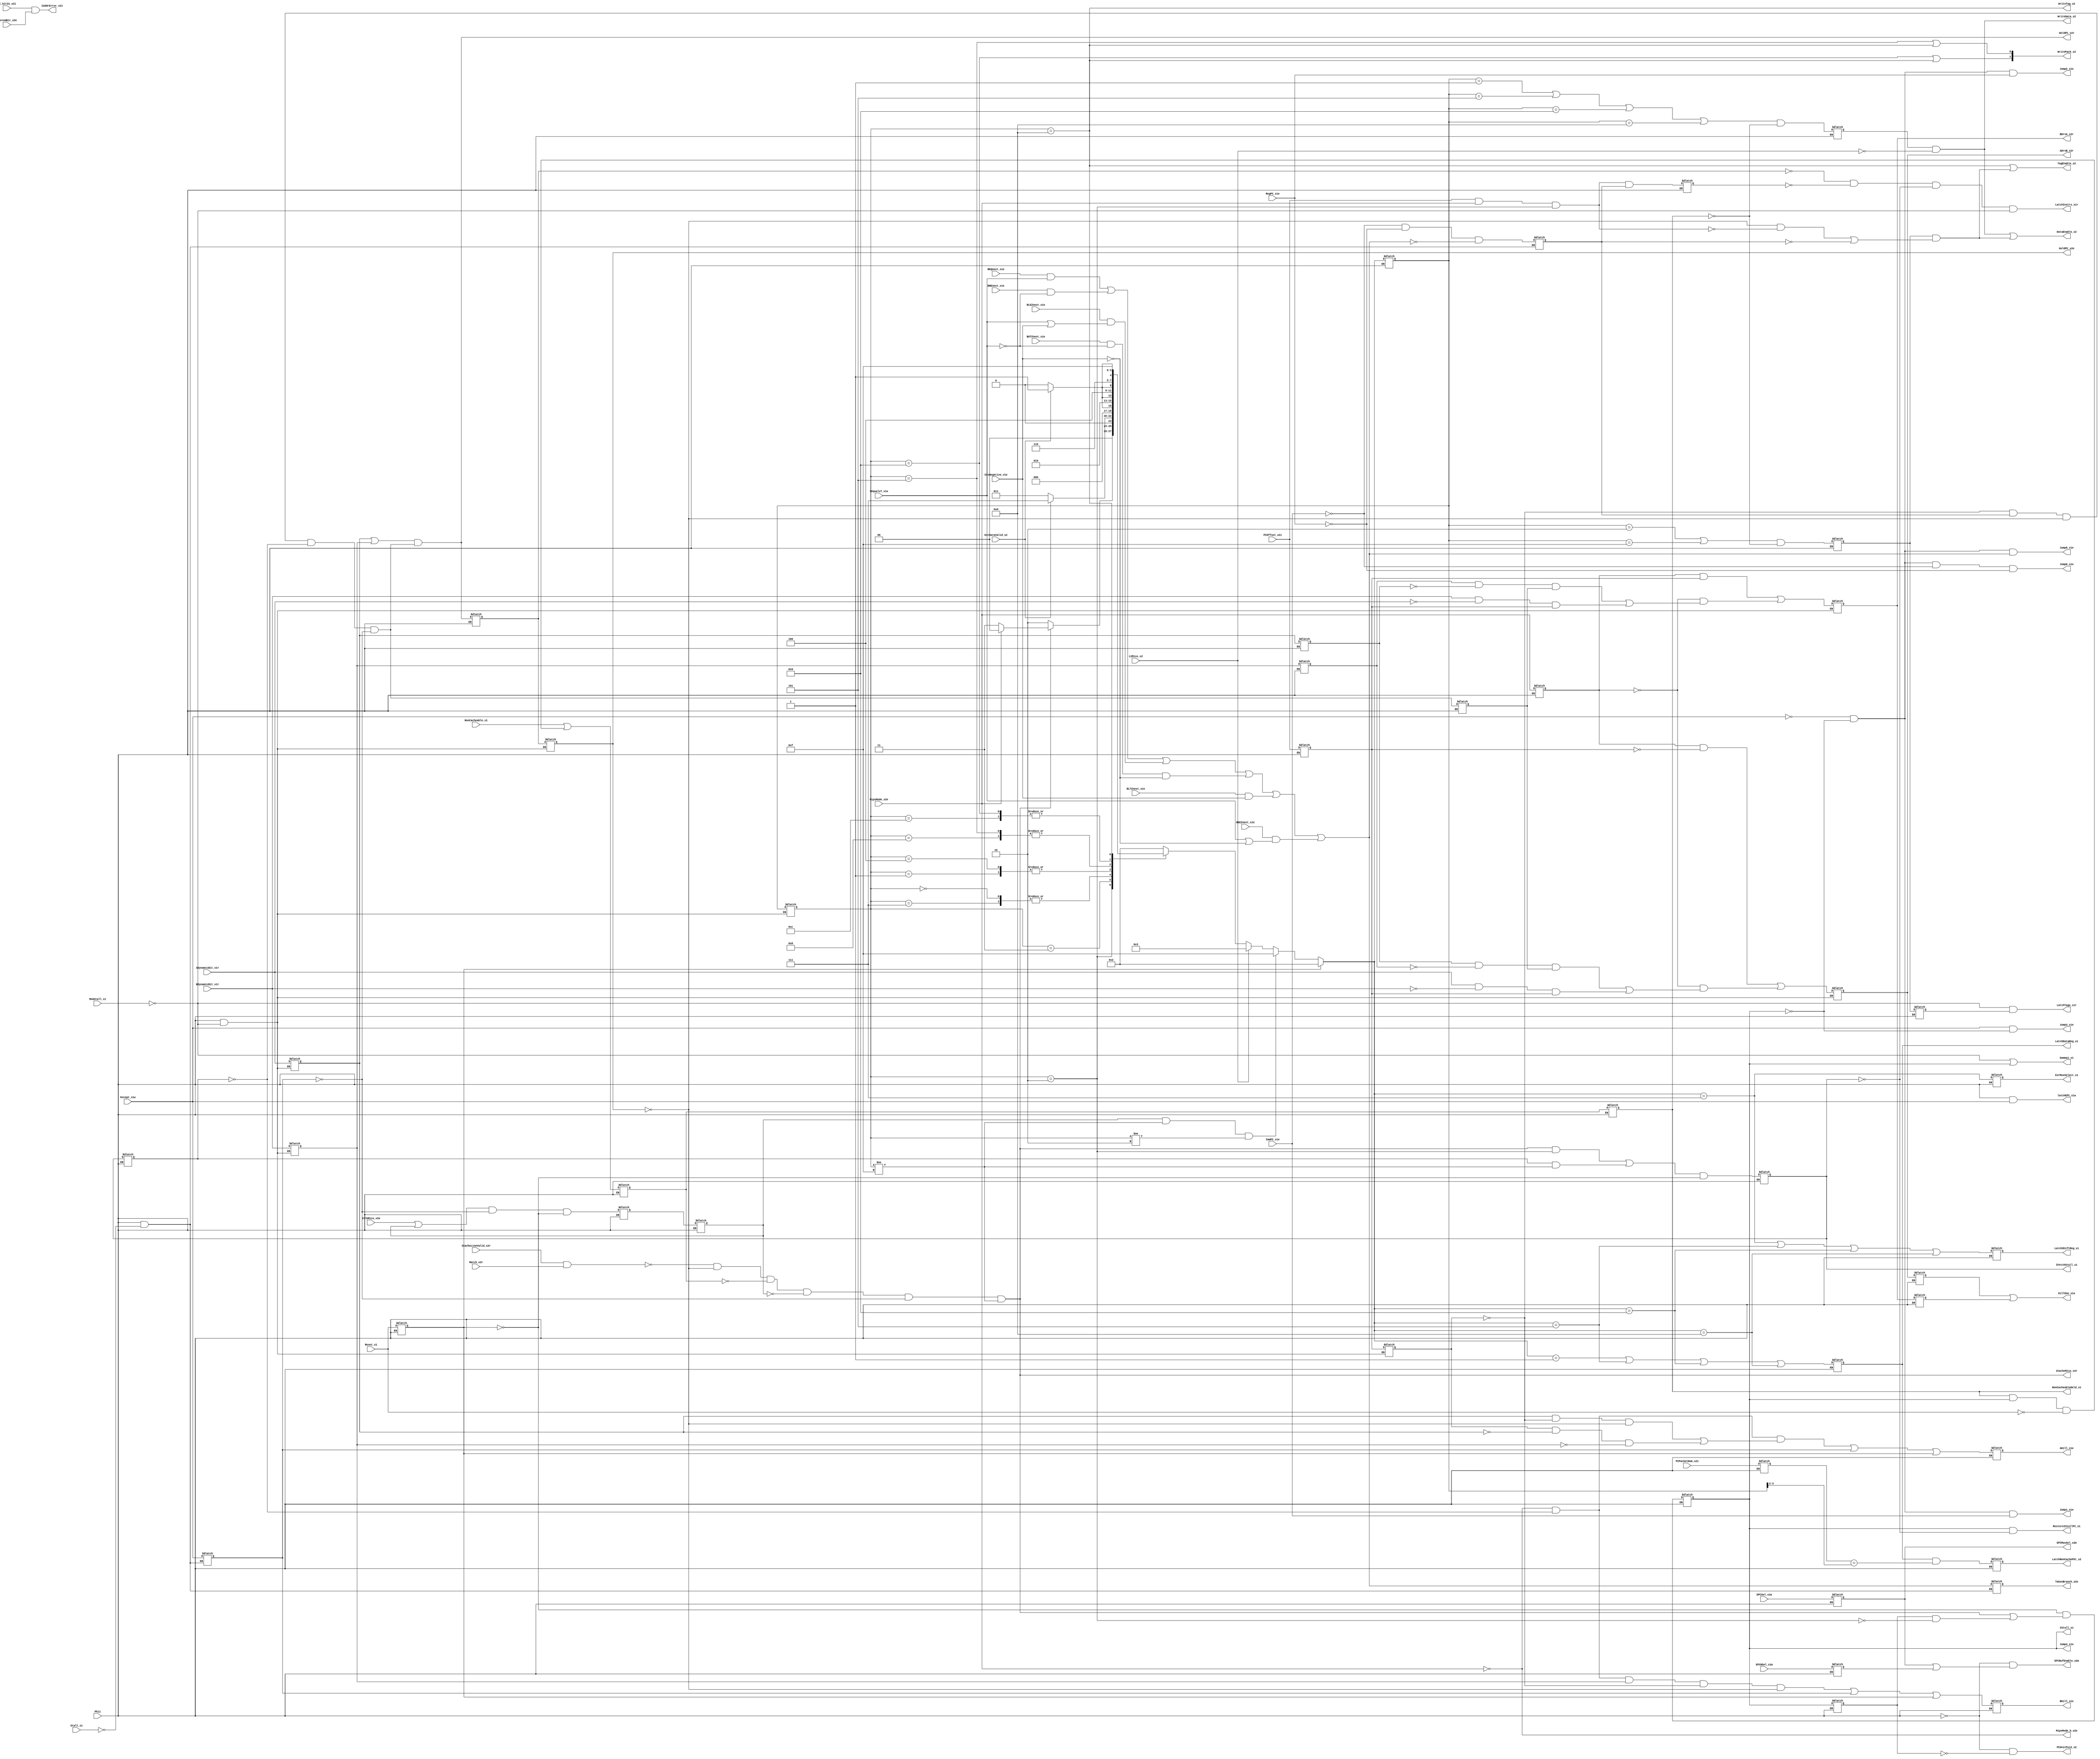
// +----------------------------------------------------------------+
// |            Copyright (c) 1994 Stanford University.             |
// |                      All Rights Reserved.                      |
// |                                                                |
// |   This software is distributed with *ABSOLUTELY NO SUPPORT*    |
// |   and *NO WARRANTY*.   Use or reproduction of this code for    |
// |   commerical gains is strictly prohibited.   Otherwise, you    |
// |   are given permission to use or modify this code as long      |
// |   as you do not remove this notice.                            |
// +----------------------------------------------------------------+
//
//  Title: 	Instruction Fetch Control module
//		<ricardog@chroma>
//
//
//  IFetchControl.v,v 7.38 1995/01/28 00:47:54 ricardog Exp
//
//  TORCH Research Group.
//  Stanford University.
//	1993.
//
//	Description: 
//
// This Section contains all the control signals that goes to IFetchDatapath.v
// It also includes control signal latches and combinational logics.
//
//
// Main Sections
//	- signals that are either global in IFetch world or hard to be
//		placed in anywhere else
//	- Controls signals that goes to the outside world
//	- Controls for ICache Refill, including the state machine
//	- Controls for ICache Instruction Fetch
//	- Controls for Tag/PID Comparator
//	- Controls for non-Cacheable Instr
//	- Controls for PCUnit
//
//	Hierarchy: processor.instrFetch
//
//  Revision History:
//	* -- Added code to qualify ICACHE access.
//	* Removed local clock qualification.
//	* Moved ICACHE outside of IFetchDatapath.
//	* Renamed Reset to Reset_s1 and qualfied state latches with MemStall
//	* Changed MemStall_s2 to MemStall_s1.
//	* Changed timing of HoldPC_v2r to be _s2r.
//	* Fixed verilint errors.
//	* Better implementation of jump mux.
//	* Moved branch logic.

module IFetchControl(
    Phi1,
//    Phi2,
    Gamma1_s1,
    MemStall_s1,
    Stall_s1,
    Reset_s1,
    MipsMode_s2e,
    MipsMode_b_s2e,
    ItlbMiss_v2e,
    ExtDataValid_s2,
    L2Miss_s2,
    IStall_s1,
    IFetchStall_s1,
    AKill_s1e,
    BKill_s1e,
    KillOne_s1e,
    LatchShiftReg_s1,
    WriteData_s2,
    WriteTag_s2,
    DataEnable_s2,
    TagEnable_s2,
    LatchDataReg_s1,
    ExtMuxSelect_s1,
    WritePack_s2,
    ADynamicBit_v1r,
    BDynamicBit_v1r,
    ADrvB_s2r,
    BDrvA_s2r,
    LatchInstrs_s1r,
    LatchTags_s1r,
    PCOffset_s2i,
    Match_v2r,
    ICacheLineValid_s2r,
    ICacheMiss_v2r,
    NonCacheable_s1,
    LatchNonCachePkt_s2,
    NonCacheableHeld_s1,
    Except_s1w,
    BEQnext_s1e,
    BNEnext_s1e,
    BLEZnext_s1e,
    BGTZnext_s1e,
    BLTZnext_s1e,
    BGEZnext_s1e,
    ImmPC_s1e,
    RegPC_s1e,
    SEqualsT_v1e,
    SIsNegative_v1e,
    TakenBranch_s2e,
    EPCSel_s1m,
    EPCNSel_s1m,
    SystemBit_s2e,
    PC_bit31_s2i,
    PCPacketNum_s2i,
    IAddrError_v2i,
    PCUnitPsi2_s2,
    latchEPC_s1w,
    RestoreIStallPC_s1,
    HoldPC_s2r,
    HoldPC_s2e,
    EPCBufEnable_s2m,
    EPCMuxSel_s2m,
    Jump0_s1e,
    Jump1_s1e,
    Jump2_s1e,
    Jump3_s1e,
    Jump4_s1e,
    Jump5_v1e
    );
//----------------------------------------------------------------------------

//-------------Declarations for IFetch global signals------------------------
output		Gamma1_s1;	        // Gamma1 = Phi1 & ~MemStall
wire		Gamma1_s1;
output		IFetchStall_s1;		// De-asserted one cycle early
reg		IFetchStall_s1;		// for IFetch logic
reg		IFetchStall_s2;		// delayed version
wire		IFetchStall_v2;		// Stall instruction fetch logic
wire		SecondIssue_s2r;	// whether will do 2nd cycle of
reg		SecondIssue_s1e;	// dnop'ed packet
reg		SecondIssue_s2e;
wire		SecondIssueCond_s2r;
reg		SecondIssueCond_s1e;


//-------------Declarations for Outside world signals------------------------

input		Phi1;		        // Clocks
wire		Phi2;
input		MemStall_s1;		// Memory stall signal
input		Stall_s1;	        // Global stall signal
input		Reset_s1;		// Pin reset signal
input		MipsMode_s2e;		// MIPS mode bit from coprocessor
output		MipsMode_b_s2e;		// 
input		ItlbMiss_v2e;		// TLB miss; empty pipeline
input		ExtDataValid_s2;	// data bus valid
input		L2Miss_s2;		// Level 2 miss; must restart refill
output		IStall_s1;		// Global I-Stall signal
output		AKill_s1e, BKill_s1e;	// to outside world
output		KillOne_s1e;	
reg		Reset_s2;               // latched reset
reg		MipsMode_s1;            // latched for when needed
reg		IStall_s1;              // latched global IStall signal
wire		IStall_v2;		// generated by IFetchFSM
reg		ItlbMiss_s1, ItlbMiss_s2;	// latched & delayed versions
reg		AKill_s1e, BKill_s1e;	// to outside world
wire		AKill_v2r, BKill_v2r;
wire		KillOne_s1e;

//-------------Declarations for Refill Section------------------------

output		LatchShiftReg_s1;
reg		LatchShiftReg_s1;
wire		LatchShiftReg_v2;
output		WriteData_s2;
wire		WriteData_s2;
output		WriteTag_s2;		// write tag, valid, PID bits
wire		WriteTag_s2;		// write tag, valid, PID bits
output		DataEnable_s2;		// 
wire		DataEnable_s2;		// 
wire		SecondIssueMips_s2r;
reg		SecondIssueMips_s1e;
output		TagEnable_s2;		// 
wire		TagEnable_s2;		// 
output		LatchDataReg_s1;
reg		LatchDataReg_s1;
wire		LatchDataReg_v2;
output		ExtMuxSelect_s1;	// control signals & latches
reg		ExtMuxSelect_s1;	//   from IFetchFSM
wire		ExtMuxSelect_v2;
wire		WriteCache_v1;
reg		WriteCache_s2;

//-------------Declarations for IFetchFSM-----------------------------------
output	[1:0]	WritePack_s2;
wire	[1:0]	WritePack_s2;
reg 	[3:0]	PrevState_s2;		// Previous state of fsm
reg 	[3:0]	PresState_s1;		// latched present state for phi 2
wire 	[3:0]	PresState_v2;		// Present state of fsm

//-------------Declarations for ICACHE control------------------------------
wire		ReadCache_v1i;
reg		ReadCache_s2i;
//wire		ReadCache_s1r;
reg		ReadCache_s1r;
reg		ReadCache_s2r;

//-------------Declarations for Instr Fetch---------------------------------
input		ADynamicBit_v1r;	// dynamic NOOP bit out of cache
input		BDynamicBit_v1r;	// dynamic NOOP bit out of cache
output		ADrvB_s2r, BDrvA_s2r;	// routing muxes
output		LatchInstrs_s1r;	// to IFetchDatapath.v
output		LatchTags_s1r;		// to IFetchDatapath.v
wire		ADrvB_v1r, BDrvA_v1r;	// control signals for instruction
reg		ADrvB_s2r, BDrvA_s2r;	//   routing muxes
reg		ADrvB_s1e, BDrvA_s1e;
reg		ADynamicBit_s2r;	// dynamic NOOP bit out of InstrReg
reg		BDynamicBit_s2r;	// dynamic NOOP bit out of InstrReg
reg		ADynamicBit_s1e;	// dynamic NOOP bit staged
reg		BDynamicBit_s1e;	// dynamic NOOP bit staged
reg		Hold_s1e, Hold_s2e;	// delayed Hold_v2r signal

//-------------Declarations for Comparator Section------------------------
input		PCOffset_s2i;		// Bit 0 of PC. from IFetchDatapath.v
input		Match_v2r;		// from Comparator
input		ICacheLineValid_s2r;	// from Comparator
output		ICacheMiss_v2r;		// to outside world
reg		PCOffset_s1r, PCOffset_s2r;
wire		ICacheMiss_v2r;

//-------------Declarations for NonCacheable Section------------------------
input		NonCacheable_s1;	// instruction access is non-cachable
					// from outside world
output		LatchNonCachePkt_s2;
output		NonCacheableHeld_s1;	// delayed version to IFetchDatapath.v
wire		LatchNonCachePkt_v1;
reg		LatchNonCachePkt_s2;
reg		NonCacheable_s2;	// latched & held version of signal
reg		NonCacheableHeld_s1;	// delayed version

//-------------Declarations for PC Unit Section------------------------------
input		Except_s1w;		// Global exception signal
					// from outside world
input		BEQnext_s1e;		// Decoded branch signals from the
input		BNEnext_s1e;		// instruction decoder
input		BLEZnext_s1e;		// the branch condition is evaluated
input		BGTZnext_s1e;		// here
input		BLTZnext_s1e;
input		BGEZnext_s1e;
input		ImmPC_s1e;		// Jump instruction
input		RegPC_s1e;		// Jump register
input		SEqualsT_v1e;		// Condition codes from RF
input		SIsNegative_v1e;
wire		takenBranch_v1e;	// Set if a br/J was taken prev phase
output		TakenBranch_s2e;
reg		TakenBranch_s2e;
input		EPCSel_s1m, EPCNSel_s1m; // from cop0, for MFC0 (from EPC/EPCN)
input		SystemBit_s2e;		// Checked against MSB of PC
input		PC_bit31_s2i;
input	[1:0]	PCPacketNum_s2i;	// bit [2:1] of the PC#
reg	[1:0]	PCPacketNum_s1r;
output		IAddrError_v2i;		// Asserted if MSB of PC is high
					// (kernel space) while in user mode
output		RestoreIStallPC_s1;	// Tells PC Unit IStall is finished--
					//   continue fetching where left off
output		PCUnitPsi2_s2;		// Phi2 & ~MemStall & ~IStall_s2
output		latchEPC_s1w;		// Phi1 & Except_s1w
output		HoldPC_s2r;		// to PC Unit
output		HoldPC_s2e;		// this is the same as Hold_s2e
output		EPCBufEnable_s2m;
output		EPCMuxSel_s2m;
output		Jump0_s1e;		// PC select signals
output		Jump1_s1e;
output		Jump2_s1e;
output		Jump3_s1e;
output		Jump4_s1e;
output		Jump5_v1e;
reg		IStall_s2;		// delayed version of IStall
reg		Except_s2w;		// delayed version of Except_s1w
reg		IncPC_s2e;		// delayed version of PC incr. signal
wire		HoldPC_s2r;
wire		Hold_s2r;		// hold for 2nd cycle of dnop packet
wire		IAddrError_v2i;
wire		HoldPC_s2e;
wire		EPCBufEnable_s2m;
wire		EPCMuxSel_s2m;
reg		EPCSel_s2m, EPCNSel_s2m;  
wire		Jump0_s1e;
wire		Jump1_s1e;
wire		Jump2_s1e;
wire		Jump3_s1e;
wire		Jump4_s1e;
wire		Jump5_v1e;


//----------------------------------------------------------------------------
//		 ---- Define States for Refill FSM ----
//----------------------------------------------------------------------------
`define CACHEHIT    4'b0010
`define WAITExtByte 4'b0011
`define EXTBYTE     4'b0111
`define WAITXfer0   4'b0000
`define XFER0       4'b0001
`define WAITXfer1   4'b0100
`define XFER1       4'b0101
`define WAITXfer2   4'b1000
`define XFER2       4'b1001
`define WAITXfer3   4'b1100
`define XFER3       4'b1101
`define REFETCH     4'b1111

initial begin
    IFetchStall_s1 = 0;
    IFetchStall_s2 = 0;
    SecondIssue_s1e = 0;
    SecondIssue_s2e = 0;
    SecondIssueCond_s1e = 0;
    Reset_s2 = 0;
    MipsMode_s1 = 0;
    IStall_s1 = 0;
    ItlbMiss_s1 = 0;
    ItlbMiss_s2 = 0;
    AKill_s1e = 0;
    BKill_s1e = 0;
    LatchShiftReg_s1 = 0;
    SecondIssueMips_s1e = 0;
    LatchDataReg_s1 = 0;
    ExtMuxSelect_s1 = 0;
    WriteCache_s2 = 0;
    PrevState_s2 = 0;
    PresState_s1 = 0;
    ReadCache_s2i = 0;
    ReadCache_s1r = 0;
    ReadCache_s2r = 0;
    ADrvB_s2r = 0;
    BDrvA_s2r = 0;
    ADrvB_s1e = 0;
    BDrvA_s1e = 0;
    ADynamicBit_s2r = 0;
    BDynamicBit_s2r = 0;
    ADynamicBit_s1e = 0;
    BDynamicBit_s1e = 0;
    Hold_s1e = 0;
    Hold_s2e = 0;
    PCOffset_s1r = 0;
    PCOffset_s2r = 0;
    LatchNonCachePkt_s2 = 0;
    NonCacheable_s2 = 0;
    NonCacheableHeld_s1 = 0;
    TakenBranch_s2e = 0;
    PCPacketNum_s1r = 0;
    IStall_s2 = 0;
    Except_s2w = 0;
    IncPC_s2e = 0;
    EPCSel_s2m = 0;
    EPCNSel_s2m = 0;  
end

assign Phi2 = ~Phi1;

//----------------------------------------------------------------------------
//		       ---- Global Controls ----
//---------------------------------------------------------------------------
assign Gamma1_s1 = ~MemStall_s1 | IStall_s1;

// Stage Reset signal
always @(Phi1 or Reset_s1) begin
    if (Phi1)  Reset_s2 = Reset_s1;
end

always @(Phi2 or MipsMode_s2e) begin
    if (Phi2)  MipsMode_s1 = MipsMode_s2e;
end

//---------------------------------------------------------------------------
//			   --- Inversion ---
//---------------------------------------------------------------------------
assign MipsMode_b_s2e = ~MipsMode_s2e;

//------------------------------------------------------------------------
//			---- FSM for IStall ----
//------------------------------------------------------------------------
// Assert IStall and IFetchStall when there is an ICache miss
// and leave them asserted until the cache is back in the right state
// (usually once the line has been fetched).
//
// IFetchStall_v2 goes low a cycle earlier than IStall_v2 so that
// instruction fetch logic (to generate mux & Kill signals, in
// IFetchControl.v) will be generated for the refetched instruction.
//
assign IStall_v2 = ~Reset_s2 & (ICacheMiss_v2r |
		    IStall_s2 & ~(PrevState_s2 == `CACHEHIT));
assign IFetchStall_v2 = ((ICacheMiss_v2r & PrevState_s2 == `CACHEHIT) |
		    (IFetchStall_s2 & PrevState_s2 != `REFETCH)) &
		    ~Reset_s2;

always @(Phi2 or IStall_v2 or IStall_s2 or IFetchStall_v2) begin
    if (Phi2) begin
	IStall_s1 = IStall_v2;
	IFetchStall_s1 = IFetchStall_v2;
    end
end

always @(Phi1 or IStall_s1 or IFetchStall_s1 or Except_s1w) begin
    if (Phi1) begin
	IStall_s2 = IStall_s1;
	IFetchStall_s2 = IFetchStall_s1;
    end
end

//------------------------------------------------------------------------
//			 ---- TLB Signals ----
//------------------------------------------------------------------------
// Latch signal ItlbMiss_v2e and hold until exception is raised
always @(Phi2 or ItlbMiss_v2e or ItlbMiss_s2 or Except_s2w or Reset_s2) begin
    if (Phi2)
	ItlbMiss_s1 = (ItlbMiss_v2e | ItlbMiss_s2) & ~Except_s2w &
			~Reset_s2;
end

always @(Phi1 or ItlbMiss_s1) begin
    if (Phi1)  ItlbMiss_s2 = ItlbMiss_s1;
end    

//---------------------------------------------------------------------------
//			 ---- Second Issue ----
//---------------------------------------------------------------------------
// NOTE: SecondIssue used to be dependent on ICacheMiss_v2r but I
// have removed it from the equation to prevent a critical path. It run
// on boosttest and bubble with icache empty.
//
// As long as no exceptional conditions exist (ICache miss, stall, or
// exception), a second issue of a packet can occur iff:
//    (1) packet is not odd target of a branch (already into "second" issue)
//    (2) not about to branch (i.e. not a dynamically nop'ed delay slot)
//    (3) not already doing second issue.
assign SecondIssueCond_s2r = ~PCOffset_s2r & IncPC_s2e & ~SecondIssue_s2e &
			    ~IFetchStall_s2 & ~Except_s2w;
//
// If the above conditions are met, a second cycle occurs if at least
// one dynamic nop bit is set in the instruction packet.
assign SecondIssue_s2r = (ADynamicBit_s2r | BDynamicBit_s2r) &
			    SecondIssueCond_s2r;

//----------------------------------------------------------------------------
//		Control Signals To the Outside World
//			-- not all of them ---
//---------------------------------------------------------------------------
//
// Assert Kill signals if exception occurs or reset is asserted.
//
// If neither reset or exception occurs, only assert them if in Torch mode
// and are not servicing an ICache miss.
// 
// Then, kill A side instruction if:
//     (1) doing first issue of a packet in which the A side instruction
//         is dyn. nop'ed
//     (2) packet is target of an odd target branch and neither A nor B
//         is dyn. nop'ed (so should only execute B side)
assign AKill_v2r = ~MipsMode_s2e & ~IFetchStall_s2 &
		    (ADynamicBit_s2r & ~PCOffset_s2r & ~SecondIssue_s2e |
		    PCOffset_s2r & ~ADynamicBit_s2r & ~BDynamicBit_s2r) |
		    Except_s2w | Reset_s2;
                                      
// Kill B side instruction if:
//      doing first issue of a packet in which the B side instruction
//      is dyn. nop'ed
assign BKill_v2r = ~MipsMode_s2e & ~IFetchStall_s2 &
		    BDynamicBit_s2r & ~PCOffset_s2r & ~SecondIssue_s2e |
		    Except_s2w | Reset_s2;

//
// Instruction sent to both sides if either ADrvB_s1e or BDrvA_s1e is asserted.
assign KillOne_s1e = ADrvB_s1e | BDrvA_s1e;
                                      
always @(Phi2 or AKill_v2r or BKill_v2r) begin
    if (Phi2) begin
	AKill_s1e = AKill_v2r;
	BKill_s1e = BKill_v2r;
    end
end


//----------------------------------------------------------------------------
//			---- Refill Section ----
//---------------------------------------------------------------------------

always @(Phi2 or ExtMuxSelect_v2 or LatchShiftReg_v2 or LatchDataReg_v2) begin
    if (Phi2) begin
	    ExtMuxSelect_s1  = ExtMuxSelect_v2;
	    LatchShiftReg_s1 = LatchShiftReg_v2;
	    LatchDataReg_s1  = LatchDataReg_v2;
    end
end

//------------------------------------------------------------------------
//                  Latches for State Machine
//		that controls the Refill Operation
//------------------------------------------------------------------------
// Determines state and generates controls for ICache refilling and stalling.
// Combinational logic to determine next state
// What should the FSM do in case of an Exception????

assign PresState_v2 = stateNS2(PrevState_s2, ICacheMiss_v2r, MipsMode_s2e,
			       ExtDataValid_s2, Reset_s2, ItlbMiss_s2,
			       L2Miss_s2, Except_s2w);

function [3:0] stateNS2;
    input [3:0] PrevState_s2;
    input	ICacheMiss_v2r;
    input	MipsMode_s2e;
    input	ExtDataValid_s2;
    input	Reset_s2;
    input	ItlbMiss_s2;
    input	L2Miss_s2;
    input	Except_s2w;
begin: _stateNS2
    if      (Reset_s2)	  stateNS2 = `CACHEHIT;
    else if (ItlbMiss_s2 &
             (PrevState_s2 != `REFETCH) & (PrevState_s2 != `CACHEHIT))
			  stateNS2 = `REFETCH;
    else if (L2Miss_s2)   stateNS2 = `WAITExtByte;
    else begin
      case (PrevState_s2)
	`CACHEHIT:
	    stateNS2 = (ICacheMiss_v2r == 1'b0) ? `CACHEHIT :
		       (MipsMode_s2e == 1'b0) ? `WAITExtByte : `WAITXfer0;
	`WAITExtByte:
	    stateNS2 = (ExtDataValid_s2 == 1'b1) ? `EXTBYTE : `WAITExtByte;
	`EXTBYTE:
	    stateNS2 = (ExtDataValid_s2 == 1'b1) ? `XFER0 : `WAITXfer0;
	`WAITXfer0:
	    stateNS2 = (ExtDataValid_s2 == 1'b1) ? `XFER0 : `WAITXfer0;
	`XFER0:
	    stateNS2 = (ExtDataValid_s2 == 1'b1) ? `XFER1 : `WAITXfer1;
	`WAITXfer1:
	    stateNS2 = (ExtDataValid_s2 == 1'b1) ? `XFER1 : `WAITXfer1;
	`XFER1:
	    stateNS2 = (ExtDataValid_s2 == 1'b1) ? `XFER2 : `WAITXfer2;
	`WAITXfer2:
	    stateNS2 = (ExtDataValid_s2 == 1'b1) ? `XFER2 : `WAITXfer2;
	`XFER2:
	    stateNS2 = (ExtDataValid_s2 == 1'b1) ? `XFER3 : `WAITXfer3;
	`WAITXfer3:
	    stateNS2 = (ExtDataValid_s2 == 1'b1) ? `XFER3 : `WAITXfer3;
	`XFER3:
	    stateNS2 = `REFETCH;
	`REFETCH:
	    stateNS2 = `CACHEHIT;
	default:
	    stateNS2 = `CACHEHIT;
      endcase
    end
end
endfunction // stateNS2

//
// Calculate Output Control Signals
//
assign ExtMuxSelect_v2 = (PresState_v2 == `EXTBYTE);
assign LatchShiftReg_v2 = ((PresState_v2 == `EXTBYTE) |
	    (PresState_v2 == `XFER1) |
	    (PresState_v2 == `XFER2) | (PresState_v2 == `XFER3));
assign LatchDataReg_v2 =
	    ((PresState_v2 == `XFER0) | (PresState_v2 == `XFER1) |
	     (PresState_v2 == `XFER2) | (PresState_v2 == `XFER3));

assign LatchNonCachePkt_v1 = LatchDataReg_s1 &
				(PCPacketNum_s1r == PresState_s1[3:2]);

assign WriteCache_v1 =
	    ((PresState_s1 == `XFER0) | (PresState_s1 == `XFER1) |
	     (PresState_s1 == `XFER2) | (PresState_s1 == `XFER3)) &
	    ~NonCacheableHeld_s1;

assign ReadCache_v1i = (PresState_s1 == `CACHEHIT | PresState_s1 == `REFETCH) & ~NonCacheableHeld_s1;

assign WriteTag_s2 = (PrevState_s2 == `XFER3);

assign WritePack_s2[1] = (PrevState_s2 == `XFER2) | (PrevState_s2 == `XFER3);
assign WritePack_s2[0] = (PrevState_s2 == `XFER1) | (PrevState_s2 == `XFER3);

always @(Phi1 or PresState_s1 or MemStall_s1) begin
    if (Phi1 & ~MemStall_s1)  PrevState_s2 = PresState_s1;
end

always @(Phi2 or PresState_v2) begin
    if (Phi2)  PresState_s1 = PresState_v2;
end
//------------------------------------------------------------------------

//----------------------------------------------------------------------------
//		   ---- ICache Instruction Fetch ----
//----------------------------------------------------------------------------
//
// In Mips mode, drive A-side instruction onto B-side bus if at even address.
//
// In Torch mode, drive A onto B-side bus if:
//     (1) doing second issue and only A was dynamically nop'ed
//     (2) packet is target of an odd-target branch and only A is dyn. nop'ed
assign ADrvB_v1r = MipsMode_s1 & ~PCOffset_s1r |
		    ~MipsMode_s1 & (ADynamicBit_s1e & ~BDynamicBit_s1e &
				    SecondIssueCond_s1e |
				    ADynamicBit_v1r & ~BDynamicBit_v1r &
				    PCOffset_s1r);
//
// In Mips mode, drive B side instruction onto A side bus if at odd address.
//
// In Torch mode, drive B onto A-side bus if:
//     (1) doing second issue and only B was dynamically nop'ed
//     (2) packet is target of an odd-target branch and only B is dyn. nop'ed
assign BDrvA_v1r = MipsMode_s1 & PCOffset_s1r |
		    ~MipsMode_s1 & (BDynamicBit_s1e & ~ADynamicBit_s1e &
				    SecondIssueCond_s1e |
				    BDynamicBit_v1r & ~ADynamicBit_v1r &
				    PCOffset_s1r);

always @(Phi1 or ADrvB_v1r or BDrvA_v1r or ADynamicBit_v1r or
	BDynamicBit_v1r or MemStall_s1) begin
    if (Phi1 & ~MemStall_s1) begin
	ADrvB_s2r = ADrvB_v1r;
	BDrvA_s2r = BDrvA_v1r;
	ADynamicBit_s2r = ADynamicBit_v1r;
	BDynamicBit_s2r = BDynamicBit_v1r;
    end
end

always @(Phi1 or SecondIssue_s1e or Hold_s1e or MemStall_s1) begin
    if (Phi1 & ~MemStall_s1) begin
	
	Hold_s2e = Hold_s1e;
	SecondIssue_s2e = SecondIssue_s1e;
    end
end

always @(Phi2 or ADrvB_s2r or BDrvA_s2r
         or SecondIssue_s2r or SecondIssueCond_s2r
         or ADynamicBit_s2r or BDynamicBit_s2r
         or Hold_s2r) begin
    if (Phi2) begin
	ADrvB_s1e = ADrvB_s2r;
	BDrvA_s1e = BDrvA_s2r;
	SecondIssue_s1e = SecondIssue_s2r;
	SecondIssueCond_s1e = SecondIssueCond_s2r;
	ADynamicBit_s1e = ADynamicBit_s2r;
	BDynamicBit_s1e = BDynamicBit_s2r;
	Hold_s1e = Hold_s2r;
    end
end

always @(Phi2 or PCPacketNum_s2i) begin
    if (Phi2)  PCPacketNum_s1r = PCPacketNum_s2i;
end

//  these are simply renaming.  Can get rid of these if we want.
assign HoldPC_s2r = Hold_s2r;
assign LatchInstrs_s1r = (~Hold_s1e & ~SecondIssueMips_s1e) & ~IFetchStall_s1 & ~MemStall_s1;
assign LatchTags_s1r = ~MemStall_s1 & ReadCache_s1r;

//---------------------------------------------------------------------------
//			 --- ICACHE Control ---
//---------------------------------------------------------------------------
always @(Phi1 or ReadCache_v1i or ReadCache_s1r) begin
    if (Phi1) begin
	ReadCache_s2i = ReadCache_v1i;
	ReadCache_s2r = ReadCache_s1r;
    end
end

always @(Phi1 or WriteCache_v1) begin
    if (Phi1)  WriteCache_s2 = WriteCache_v1;
end

always @(Phi2 or ReadCache_s2i or SecondIssueMips_s2r or SecondIssue_s2e or
	IncPC_s2e) begin
    if (Phi2) begin
	ReadCache_s1r = ReadCache_s2i;
	SecondIssueMips_s1e = SecondIssueMips_s2r & IncPC_s2e;
    end
end

// WriteTag is generated in FSM section.
assign WriteData_s2 = (WriteCache_s2 & ~L2Miss_s2);
//
// Enable reading or writing of the ICACHE
//
assign SecondIssueMips_s2r = PCOffset_s2i & MipsMode_s2e &
			PrevState_s2 == `CACHEHIT;
assign DataEnable_s2 = WriteData_s2 | (ReadCache_s2i & (~SecondIssue_s2e & ~SecondIssueMips_s2r | ~IncPC_s2e));
assign TagEnable_s2 = WriteTag_s2 | (ReadCache_s2i & (~SecondIssue_s2e & ~SecondIssueMips_s2r | ~IncPC_s2e));

//----------------------------------------------------------------------------
//		      ---- Comparator Section ----
//----------------------------------------------------------------------------

always @(Phi1 or PCOffset_s1r or MemStall_s1) begin
    if (Phi1 & ~MemStall_s1)  PCOffset_s2r = PCOffset_s1r;
end

always @(Phi2 or PCOffset_s2i) begin
    if (Phi2)  PCOffset_s1r = PCOffset_s2i;
end

assign ICacheMiss_v2r = ~(ICacheLineValid_s2r & Match_v2r) &
			    ~Hold_s2e & ~NonCacheable_s2 & ~ItlbMiss_s2 &
			    ~Except_s2w & PrevState_s2 != `REFETCH;

//----------------------------------------------------------------------------
//		    ---- Non-Cacheable Section ----
//----------------------------------------------------------------------------

always @(Phi1 or LatchNonCachePkt_v1) begin
    if (Phi1 == 1'b1)  LatchNonCachePkt_s2 = LatchNonCachePkt_v1;
end

always @(Phi2 or NonCacheable_s2) begin
    if (Phi2 == 1'b1)  NonCacheableHeld_s1 = NonCacheable_s2;
end


// Hold NonCachable until phi2 of RF of fetched packet (to keep ICacheMiss
// from being asserted again for this packet)

always @(Phi1 or NonCacheable_s1 or NonCacheableHeld_s1 or IStall_s1 or
         Reset_s1) begin
    if (Phi1 == 1'b1) begin
	NonCacheable_s2 = NonCacheable_s1 | 
			    (NonCacheableHeld_s1 & IStall_s1 & ~Reset_s1);
    end
end

//----------------------------------------------------------------------------
//		   ---- PC Unit Control Signals ----
//----------------------------------------------------------------------------
// Stage exception signal
always @(Phi1 or Stall_s1 or Except_s1w) begin
    if (Phi1 & ~Stall_s1)  Except_s2w = Except_s1w;
end

//
// If takenBranch_s1e is late can generate this signal on following
// phase (just need to delay all the signals).
//
always @(Phi1 or Stall_s1 or ImmPC_s1e or RegPC_s1e or takenBranch_v1e) begin
    if (Phi1 & ~Stall_s1) begin
	IncPC_s2e = ~ImmPC_s1e & ~RegPC_s1e & ~takenBranch_v1e;
    end
end

assign RestoreIStallPC_s1 = IStall_s1 & ~IFetchStall_s1;

//
// Controls the latch for the first latch in the PC chain. Qualify with
// IStall to prevent overwriting the next PC during a stall
//
assign PCUnitPsi2_s2 = Phi2 & ~IStall_s2;

//
// Controls the PEC and EPCN latches. Should only open during an
// exception
//
assign latchEPC_s1w = Phi1 & Except_s1w;

//
// Hold instructions and PC if in Torch mode and will do second issue
// of a dynamically nop'ed packet.  Goes PCunit eventually.
// NOTE: The following signal used to be gated with ~MipsMode_s2e but I
// don't think that is necessary since there is no way that SecondIssue_s2r 
// could ever be asserted when in MipsMode. SecondIssue_s2r depends on the
// dynamic bits which should only be set in Torch mode.
//
assign Hold_s2r = SecondIssue_s2r;


//----------------------------------------------------------------------------
//		   ---- Branch Condition ----
//----------------------------------------------------------------------------
// Combine the decoded branch types with the appropriate condition from 
// the register file to determine whether the branch should be taken or not.
assign takenBranch_v1e =
	(BEQnext_s1e & SEqualsT_v1e) |
	(BNEnext_s1e & ~SEqualsT_v1e) |
	(BLEZnext_s1e & (SEqualsT_v1e | SIsNegative_v1e)) |
	(BGTZnext_s1e & ~SEqualsT_v1e & ~SIsNegative_v1e) |
	(BLTZnext_s1e & SIsNegative_v1e) |
	(BGEZnext_s1e & (SEqualsT_v1e | ~SIsNegative_v1e));

//
// The PC select is done with a two-level MUX structure. The first four
// signals control a large 4-1 MUX for the early PC's and the last
// controls a 2-1 MUX for the branch PC.
//
assign Jump0_s1e = ~Except_s1w & ~IStall_s1 & ~ImmPC_s1e & ~RegPC_s1e;
assign Jump1_s1e = ~Except_s1w & ~IStall_s1 & ImmPC_s1e;
assign Jump2_s1e = ~Except_s1w & ~IStall_s1 & RegPC_s1e;
assign Jump3_s1e =  Except_s1w & ~IStall_s1;
assign Jump4_s1e =  IStall_s1;
assign Jump5_v1e = (~Except_s1w & ~IStall_s1) & takenBranch_v1e;

//
// Keep branch information to generate commit on following cycle (done in
// instruction decoder)
//
always @(Phi1 or Stall_s1 or takenBranch_v1e or ImmPC_s1e or RegPC_s1e) begin
    if (Phi1 & ~Stall_s1)
	 TakenBranch_s2e = takenBranch_v1e;
end

//
// Check for Address Violations ----
// SystemBit_s2e is the Kernel/User bit (and is 0 if in kernel mode)
assign IAddrError_v2i = PC_bit31_s2i & SystemBit_s2e;

// rename these signals
assign HoldPC_s2e = Hold_s2e;

// PC Chain
always @(Phi1 or EPCSel_s1m or EPCNSel_s1m) begin
    if (Phi1) begin
	EPCSel_s2m = EPCSel_s1m;
	EPCNSel_s2m = EPCNSel_s1m;
    end
end
assign EPCBufEnable_s2m = Phi2 & (EPCSel_s2m | EPCNSel_s2m);
assign EPCMuxSel_s2m = EPCSel_s2m;


endmodule				  // IFetchControl